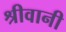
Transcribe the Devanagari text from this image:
श्रीवानी